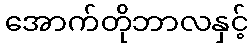
အောက်တိုဘာလနှင့်